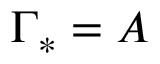
\Gamma _ { * } = A